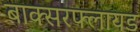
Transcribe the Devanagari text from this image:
बाक्सरफ्लायड